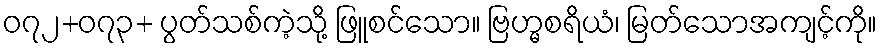
၀၇၂+၀၇၃+ ပွတ်သစ်ကဲ့သို့ ဖြူစင်သော။ ဗြဟ္မစရိယံ၊ မြတ်သောအကျင့်ကို။